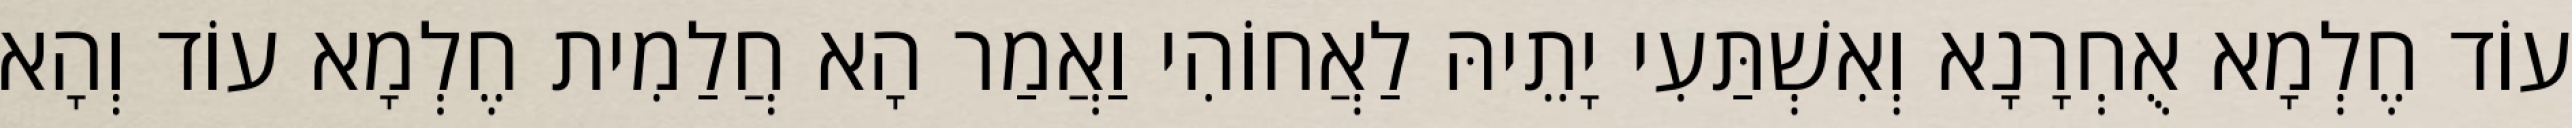
עוֹד חֶלְמָא אֻחְרָנָא וְאִשְׁתַּעִי יָתֵיהּ לַאֲחוֹהִי וַאֲמַר הָא חֲלַמִית חֶלְמָא עוֹד וְהָא